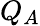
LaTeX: Q_{A}